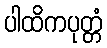
ပါထိကပုတ္တံ